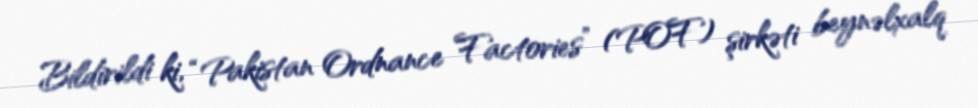
Bildirildi ki, “Pakistan Ordnance Factories” (POF) şirkəti beynəlxalq